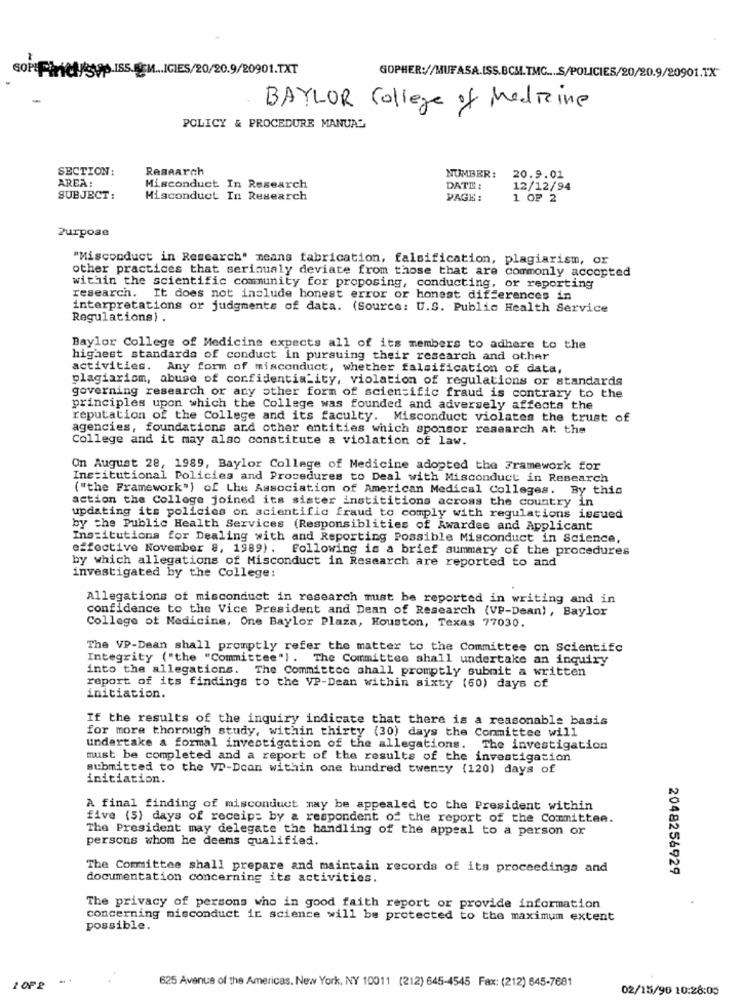
spp.ISS.FEM ... ICIES/20/20.9/20901.TXT
GOPHER://MUFASA.ISS.BCM.TMC .... S/POLICIES/20/20.9/20901.1X"
BAYLOR College of Medicine
POLICY & PROCEDURE MANUAL
SECTION:
Research
AREA:
NUMBER: 20.9.01
Misconduct In Research
DATE :
12/12/94
SUBJECT:
Misconduct In Research
PAGE:
1 OF 2
Purpose
"Misconduct in Rescarch" means fabrication, falsification, plagiarism, or
other practices that seriously deviate from those that are commonly accepted
within the scientific community for proposing, conducting, or reporting
research. It does not include honest error or honest differences in
interpretations or judgments of data. (Source: U.S. Public Health Service
Regulations) .
Baylor College of Medicine expects all of its members to adhere to the
highest standards of conduct in pursuing their research and other
activities. Any form of misconduct, whether falsification of data,
plagiarism, abuse of confidentiality, violation of regulations or standards
governing research or any other form of scientific fraud is contrary to the
principles upon which the College was founded and adversely affects the
reputation of the College and its faculty. Misconduct violates the trust of
agencies, foundations and other entities which sponsor research at the
College and it may also constitute a violation of law.
On August 28, 1989, Baylor College of Medicine adopted the Framework for
Institutional Policies and Procedures to Deal with Misconduct in Research
("the Framework") of Lhe Association of American Medical Colleges. By this
action the College joined its sister instititions across the country in
updating its policies on acientific fraud to comply with regulations issued
by the Public Health Services (Responsiblities of Awardes and Applicant
Institutions for Dealing with and Reporting Possible Misconduct in Science,
effective November 8, 1989) . Following is a brief summary of the procedures
by which allegations of Misconduct in Research are reported to and
investigated by the College:
Allegations of misconduct in research must be reported in writing and in
confidence to the Vice President and Dean of Research (VP-Dean) , Baylor
College of Medicine, One Baylor Plaza, Houston, Texas 77030.
The VP-Dean shall promptly refer the matter to the Committee on Scientifc
Integrity ("the "Committee") . The Committee shall undertake an inquiry
into the allegations.
The Committee shall promptly submit a written
report of its findings to the VP-Dean within sixty (60) days of
initiation.
If the results of the inquiry indicate that there is a reasonable basis
for more thorough study, within thirty (30) days the Committee will
undertake a formal investigation of the allegations. The investigation
must be completed and a report of the results of the investigation
submitted to the Vr-Dcan within one hundred twenty (120) days of
initiation.
A final finding of misconduct may be appealed to the President within
five (5) days of receipt by & respondent of the report of the Committee.
The President may delegate the handling of the appeal to a person or
persons whom he deems qualified.
The Committee shall prepare and maintain records of its proceedings and
2048256929
documentation concerning its activities.
The privacy of persons who in good faith report or provide information
concerning misconduct it science will be protected to the maximum extent
possible.
625 Avenue of the Americas. New York, NY 10011 (212) 645-4545 Fax: (212) 645-7681
2 OF 2
02/15/90 10:28:05